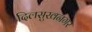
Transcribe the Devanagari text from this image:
दिलसुखनगर